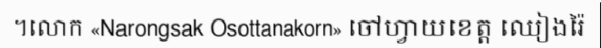
។លោក «Narongsak Osottanakorn» ចៅហ្វាយខេត្ត ឈៀងរ៉ៃ